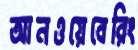
আনওয়েবেরিং